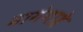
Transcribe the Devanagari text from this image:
मागेगाहे